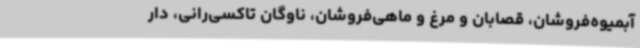
آبمیوه‌فروشان، قصابان و مرغ و ماهی‌فروشان، ناوگان تاکسی‌رانی، دار